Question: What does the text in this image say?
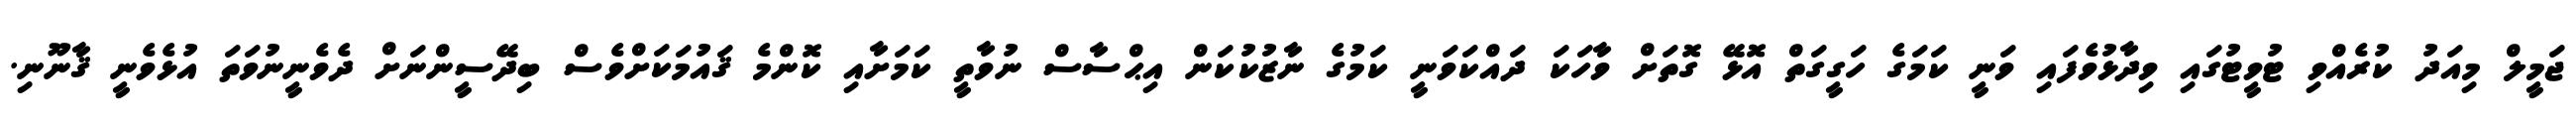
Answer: ޖަމީލް މިއަދު ކުރެއްވި ޓުވީޓުގައި ވިދާޅުވެފައި ވަނީ ކަމަގެ ހަގީގަތް އޮޅޭ ގޮތަށް ވާހަކަ ދައްކަވަނީ ކަމުގެ ނާޒުކުކަން އިޙްސާސް ނުވާތީ ކަމަށާއި ކޮންމެ ޤައުމަކަށްވެސް ބިދޭސީންނަށް ދެވެނީނުވަތަ އުޅެވެނީ ޤާނޫނި.